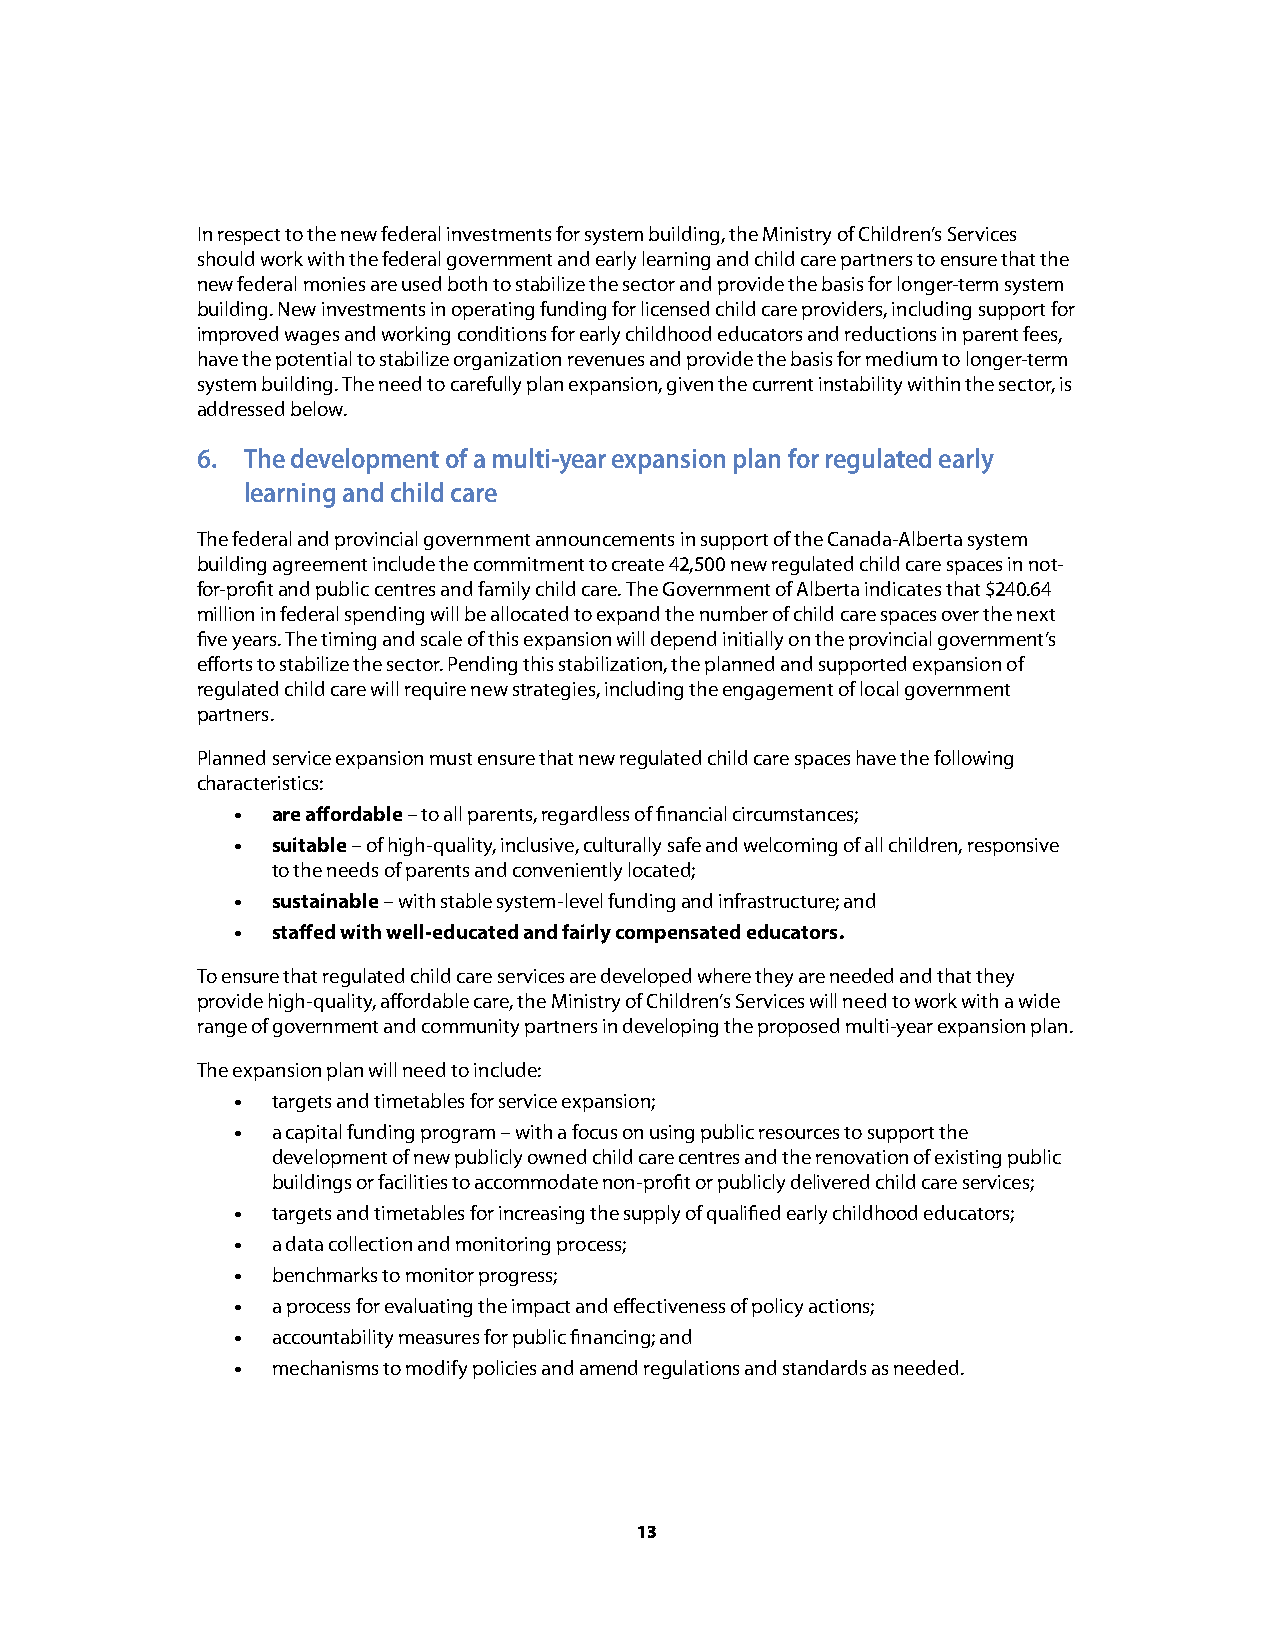
In respect to the new federal investments for system building, the Ministry of Children’s Services
 should work with the federal government and early learning and child care partners to ensure that the
 new federal monies are used both to stabilize the sector and provide the basis for longer-term system
 building. New investments in operating funding for licensed child care providers, including support for
 improved wages and working conditions for early childhood educators and reductions in parent fees,
 have the potential to stabilize organization revenues and provide the basis for medium to longer-term
 system building. The need to carefully plan expansion, given the current instability within the sector, is
 addressed below.
 6. The development of a multi-year expansion plan for regulated early
 learning and child care
 The federal and provincial government announcements in support of the Canada-Alberta system
 building agreement include the commitment to create 42,500 new regulated child care spaces in not-
 for-profit and public centres and family child care. The Government of Alberta indicates that $240.64
 million in federal spending will be allocated to expand the number of child care spaces over the next
 five years. The timing and scale of this expansion will depend initially on the provincial government’s
 efforts to stabilize the sector. Pending this stabilization, the planned and supported expansion of
 regulated child care will require new strategies, including the engagement of local government
 partners.
 Planned service expansion must ensure that new regulated child care spaces have the following
 characteristics:
 • are affordable – to all parents, regardless of financial circumstances;
 • suitable – of high-quality, inclusive, culturally safe and welcoming of all children, responsive
 to the needs of parents and conveniently located;
 • sustainable – with stable system-level funding and infrastructure; and
 • staffed with well-educated and fairly compensated educators.
 To ensure that regulated child care services are developed where they are needed and that they
 provide high-quality, affordable care, the Ministry of Children’s Services will need to work with a wide
 range of government and community partners in developing the proposed multi-year expansion plan.
 The expansion plan will need to include:
 • targets and timetables for service expansion;
 • a capital funding program – with a focus on using public resources to support the
 development of new publicly owned child care centres and the renovation of existing public
 buildings or facilities to accommodate non-profit or publicly delivered child care services;
 • targets and timetables for increasing the supply of qualified early childhood educators;
 • a data collection and monitoring process;
 • benchmarks to monitor progress;
 • a process for evaluating the impact and effectiveness of policy actions;
 • accountability measures for public financing; and
 • mechanisms to modify policies and amend regulations and standards as needed.
 13